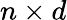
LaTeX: n\times d